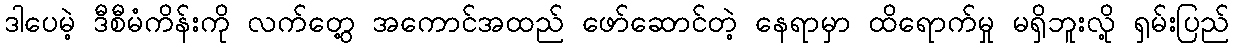
ဒါပေမဲ့ ဒီစီမံကိန်းကို လက်တွေ့ အကောင်အထည် ဖော်ဆောင်တဲ့ နေရာမှာ ထိရောက်မှု မရှိဘူးလို့ ရှမ်းပြည်